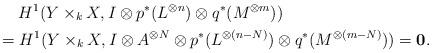
LaTeX: \begin{align*}&\quad\;H^1(Y\times_kX,I\otimes p^*(L^{\otimes n})\otimes q^*(M^{\otimes m}))\\&=H^1(Y\times_kX,I\otimes A^{\otimes N}\otimes p^*(L^{\otimes (n-N)})\otimes q^*(M^{\otimes (m-N)}))=\boldsymbol{0}.\end{align*}